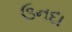
ઉનદા